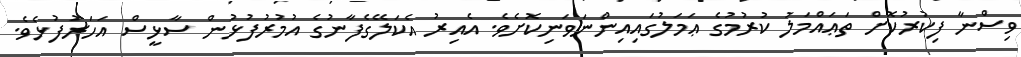
ވިސްނާ ފިކުރުކޮށް ތަޢައްމަލު ކުރުމުގެ ޢަމަލުގައިއިންނަވަނިކޮށެވެ. އެއިރު އެކަލޭގެފާނުގެ އުމުރުފުޅުން ސާޅީސް އަހަރުފުޅެވެ.